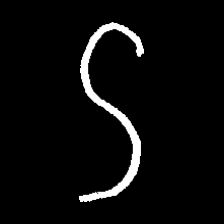
Pyu character \u2014 Myanmar letter: ဌ (romanized: ttha)